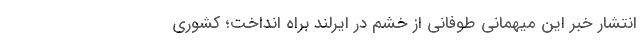
انتشار خبر این میهمانی طوفانی از خشم در ایرلند براه انداخت؛ کشوری